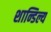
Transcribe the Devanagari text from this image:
शान्डिल्य